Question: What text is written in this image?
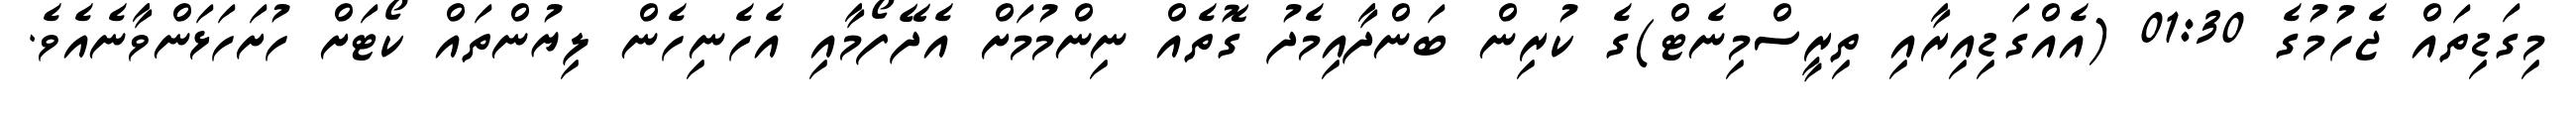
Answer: މިގަޑިތައް ޖެހުމުގެ 01:30 (އެއްގަޑިއިރާއި ތިރީސްމިނެޓް)ގެ ކުރިން ބަންދާއިމެދު ގޮތެއް ނިންމުމަށް އެދޭފޯމާއި އެހެނިހެން ލިޔުންތައް ކޯޓަށް ހުށަހަޅަންވާނެއެވެ.